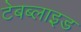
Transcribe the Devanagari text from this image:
टेबब्लाइड